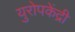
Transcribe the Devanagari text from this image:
युरोपकेंद्री